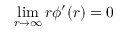
\operatorname* { l i m } _ { r \to \infty } r \phi ^ { \prime } ( r ) = 0